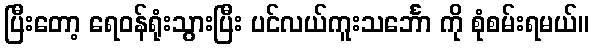
ပြီးတော့ ရေဝန်ရုံးသွားပြီး ပင်လယ်ကူးသင်္ဘော ကို စုံစမ်းရမယ်။